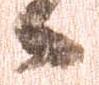
候